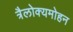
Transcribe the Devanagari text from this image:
त्रैलोक्यमोहन